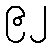
၉၂